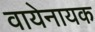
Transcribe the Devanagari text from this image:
वायेनायक